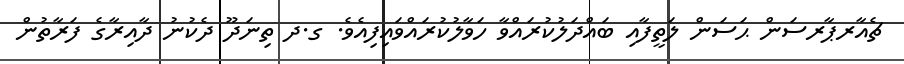
ޗެއާރޕާރސަން ޙަސަން ލަތީފާއި ބައްދަލުކުރައްވާ ހަވާލުކުރައްވައިފިއެވެ. ގ.ދ ތިނަދޫ ދެކުނު ދާއިރާގެ ފަރާތުން